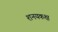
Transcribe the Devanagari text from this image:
शनयकक्ष